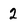
Character: 2